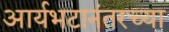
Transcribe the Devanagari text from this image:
आर्यभटानंतरच्या